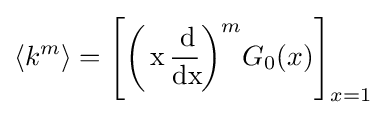
{\langle k^{m}\rangle }={\Biggl [}{{\bigg (}\operatorname {x} {\operatorname {d} \! \over \operatorname {dx} \!}{\biggl )}^{m}}G_{0}(x){\Biggl ]}_{x=1}